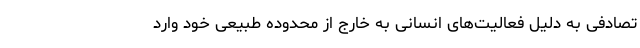
تصادفی به دلیل فعالیت‌های انسانی به خارج از محدوده طبیعی خود وارد